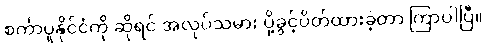
စင်္ကာပူနိုင်ငံကို ဆိုရင် အလုပ်သမား ပို့ခွင့်ပိတ်ထားခဲ့တာ ကြာပါပြီ။